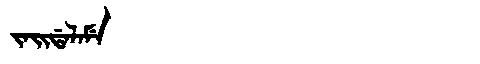
Manchu: ᠵᠠᡳᡩᠠᠯᠠᠮᡝ
Romanization: JAIDALAME